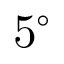
5 ^ { \circ }